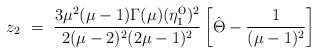
LaTeX: \begin{align*}z_2 ~=~ \frac{3\mu^2(\mu-1)\Gamma(\mu) (\eta_1^{\mbox{o}})^2}{2(\mu-2)^2(2\mu-1)^2} \left[ \hat{\Theta} - \frac{1}{(\mu-1)^2} \right]\end{align*}